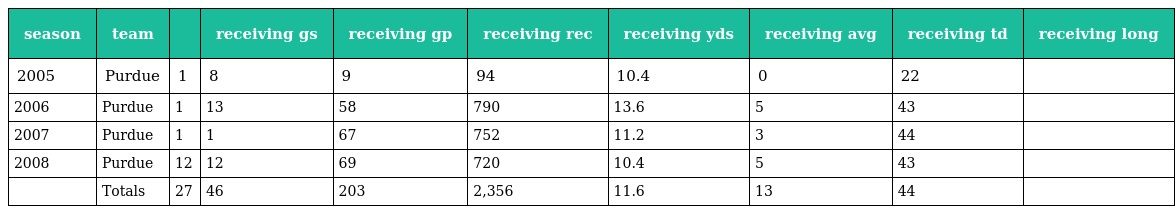
| season | team |  | receiving gs | receiving gp | receiving rec | receiving yds | receiving avg | receiving td | receiving long |
 | --- | --- | --- | --- | --- | --- | --- | --- | --- | --- |
 | 2005 | Purdue | 1 | 8 | 9 | 94 | 10.4 | 0 | 22 |  |
 | 2006 | Purdue | 1 | 13 | 58 | 790 | 13.6 | 5 | 43 |  |
 | 2007 | Purdue | 1 | 1 | 67 | 752 | 11.2 | 3 | 44 |  |
 | 2008 | Purdue | 12 | 12 | 69 | 720 | 10.4 | 5 | 43 |  |
 |  | Totals | 27 | 46 | 203 | 2,356 | 11.6 | 13 | 44 |  |